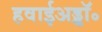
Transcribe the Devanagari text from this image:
हवाईअड्डॉ॰